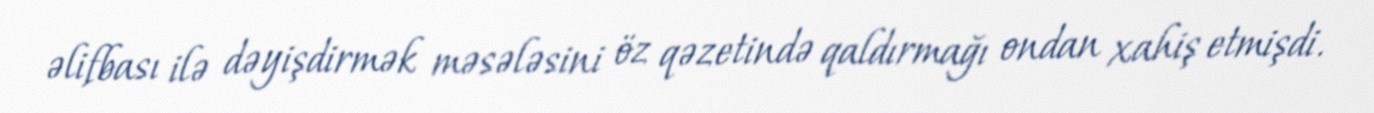
əlifbası ilə dəyişdirmək məsələsini öz qəzetində qaldırmağı ondan xahiş etmişdi.